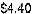
$4.40